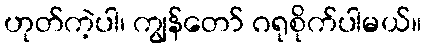
ဟုတ်ကဲ့ပါ၊ ကျွန်တော် ဂရုစိုက်ပါမယ်။